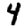
Digit: 4